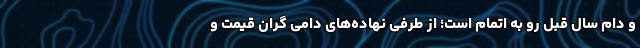
و دام سال قبل رو به اتمام است؛ از طرفی نهاده‌های دامی گران قیمت و